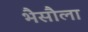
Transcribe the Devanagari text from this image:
भैसौला